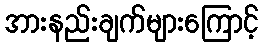
အားနည်းချက်များကြောင့်